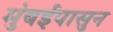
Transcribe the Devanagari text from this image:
मुंबईपासुन